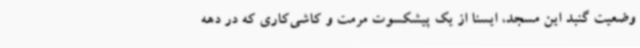
وضعیت گنبد این مسجد، ایسنا از یک پیشکسوت مرمت و کاشی‌کاری که در دهه